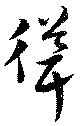
聳